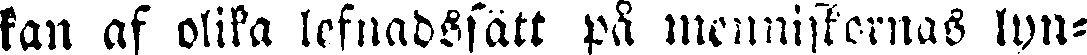
kan af olika lefnadssätt på menniskernas lyn-